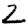
Digit: 2